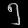
Digit: ၅